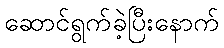
ဆောင်ရွက်ခဲ့ပြီးနောက်